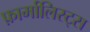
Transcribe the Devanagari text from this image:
फ़ार्मालिस्ट्स